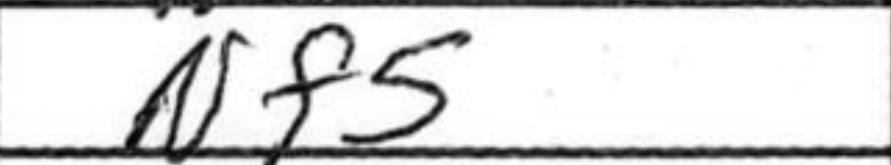
Transcription: Nf5